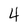
Character: 4